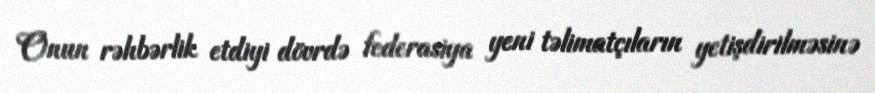
Onun rəhbərlik etdiyi dövrdə federasiya yeni təlimatçıların yetişdirilməsinə